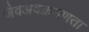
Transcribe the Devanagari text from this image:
जैवअवक्रमणता